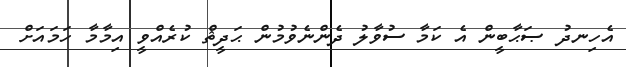
އެހިނދު ޞަޙާބީން އެ ކަމާ ސުވާލު ދެންނެވުމުން ޙަދީޘް ކުރެއްވީ އިމާމާ ހަމައަށް